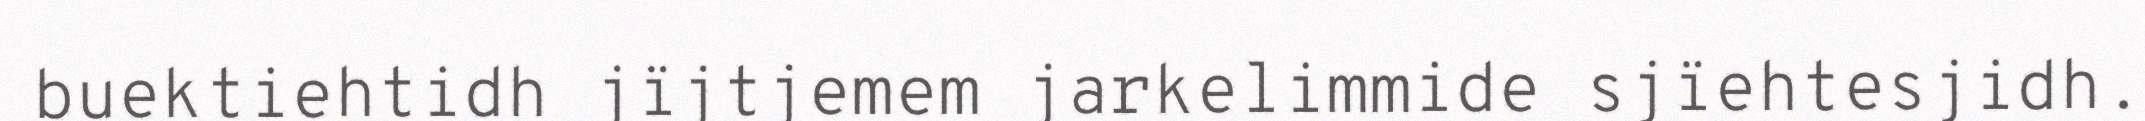
buektiehtidh jïjtjemem jarkelimmide sjïehtesjidh.